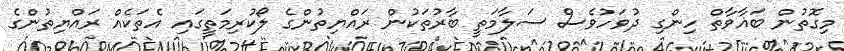
މިގޮތުން ބަޣާވާތް ހިންގި ދުވަހުވެސް ސަލާމަތީ ބާރުތަކުން ރައްޔިތުންގެ ލޯކުރިމަތީގައި އެތަކެއް ރައްޔިތުންގެ